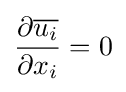
{\frac {\partial {\overline {u_{i}}}}{\partial x_{i}}}=0